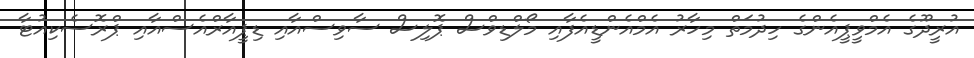
އުރީދޫގެ އެމްވީޕީއެންގެ ހިދުމަތް މިހާރު އެމްއެންޑީއެފާއި މޯލްޑިވްސް ޕޮލިސް ސާވިސްއާއި ޑިޕީއާރްއެސްއާއި ޕްރޮސެކިއުޓާ